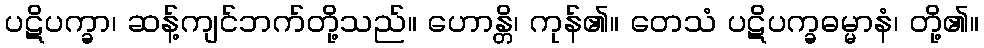
ပဋိပက္ခာ၊ ဆန့်ကျင်ဘက်တို့သည်။ ဟောန္တိ၊ ကုန်၏။ တေသံ ပဋိပက္ခဓမ္မာနံ၊ တို့၏။